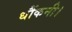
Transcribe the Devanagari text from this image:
धौंकनी।